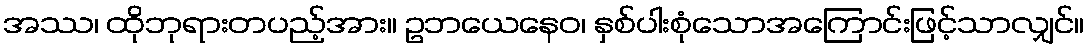
အဿ၊ ထိုဘုရားတပည့်အား။ ဥဘယေနေဝ၊ နှစ်ပါးစုံသောအကြောင်းဖြင့်သာလျှင်။